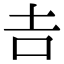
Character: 𠮷